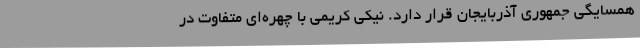
همسایگی جمهوری آذربایجان قرار دارد. نیکی کریمی با چهره‌ای متفاوت در